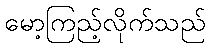
မော့ကြည့်လိုက်သည်